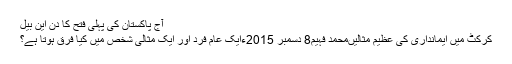
آج پاکستان کی پہلی فتح کا دن این بیل
کرکٹ میں ایمانداری کی عظیم مثالیںمحمد فہیم8 دسمبر 2015ءایک عام فرد اور ایک مثالی شخص میں کیا فرق ہوتا ہے؟